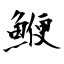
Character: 鯾